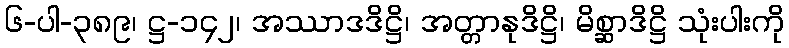
၆-ပါ-၃၈၉၊ ဋ္ဌ-၁၄၂၊ အဿာဒဒိဋ္ဌိ၊ အတ္တာနုဒိဋ္ဌိ၊ မိစ္ဆာဒိဋ္ဌိ သုံးပါးကို